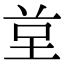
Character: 𭎙